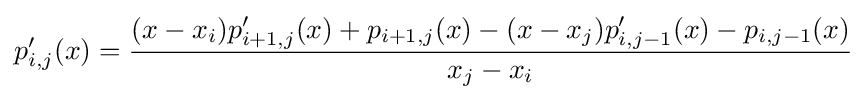
p'_{i,j}(x)={\frac {(x-x_{i})p'_{i+1,j}(x)+p_{i+1,j}(x)-(x-x_{j})p'_{i,j-1}(x)-p_{i,j-1}(x)}{x_{j}-x_{i}}}